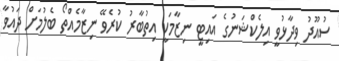
ސުއޫދު ވިދާޅުވީ އިލެކްޝަނުގެ އައިޓީ ނިޒާމަކީ އިތުބާރު ކުރެވޭ ނިޒާމެއްތޯ ބެލުމަށް ދައުވާ